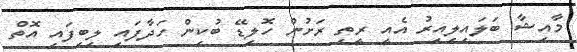
މާއިޝާ ބަލައިލިއިރު އެއީ ރީތި ރަށުން ހޮލިޑޭ ބުކިން ހަދާފައި ލިބިފައި އޮތް